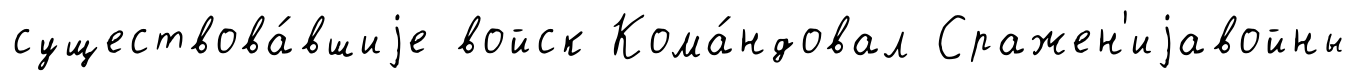
существова́вшиjе войск Кома́ндовал Сражен'иjавойны